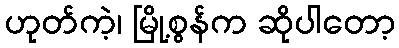
ဟုတ်ကဲ့၊ မြို့စွန်က ဆိုပါတော့